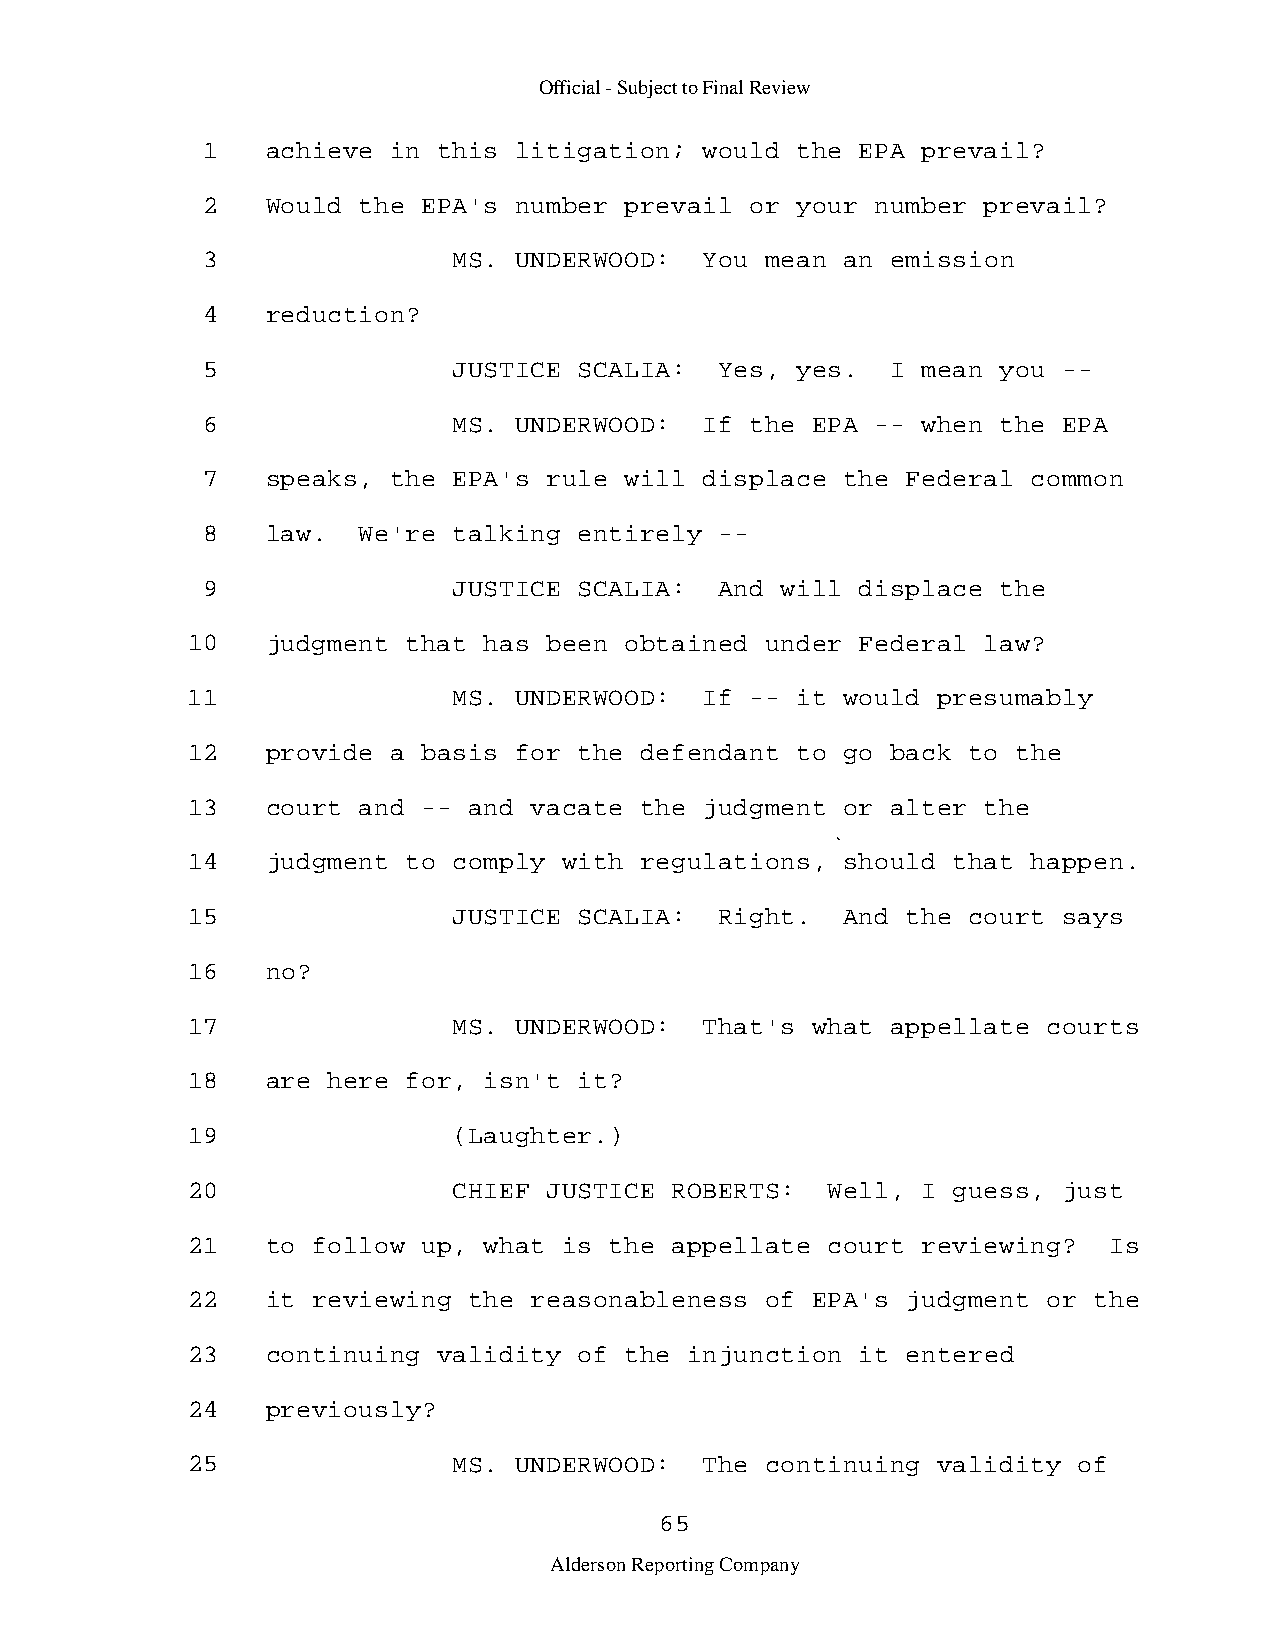
Official - Subject to Final Review
 1    achieve in this litigation;  would the EPA prevail?
 2    Would the EPA's number prevail  or your number prevail?
 3                MS. UNDERWOOD:   You mean an emission
 4    reduction?
 5                JUSTICE SCALIA:   Yes, yes.  I mean you -­
 6                MS. UNDERWOOD:   If the EPA -- when the EPA
 7    speaks, the EPA's rule will  displace the Federal common
 8    law.  We're talking entirely  -­
 9                JUSTICE SCALIA:   And will displace the
 10    judgment that has been obtained  under Federal law?
 11                MS. UNDERWOOD:   If -- it would presumably
 12    provide a basis for the defendant  to go back to the
 13    court and -- and vacate the  judgment or alter the
 14    judgment to comply with regulations,  should that happen.
 15                JUSTICE SCALIA:   Right.  And the court says
 16    no?
 17                MS. UNDERWOOD:   That's what appellate courts
 18    are here for, isn't it?
 19                (Laughter.)
 20                CHIEF JUSTICE ROBERTS:   Well, I guess, just
 21    to follow up, what is the appellate  court reviewing?  Is
 22    it reviewing the reasonableness  of EPA's judgment or the
 23    continuing validity of the  injunction it entered
 24    previously?
 25                MS. UNDERWOOD:   The continuing validity of
 65
 Alderson Reporting Company